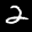
Label: 2